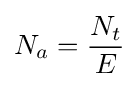
N_{a}={\frac {N_{t}}{E}}